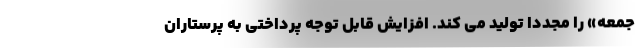
جمعه» را مجددا تولید می کند. افزایش قابل توجه پرداختی به پرستاران